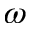
\omega